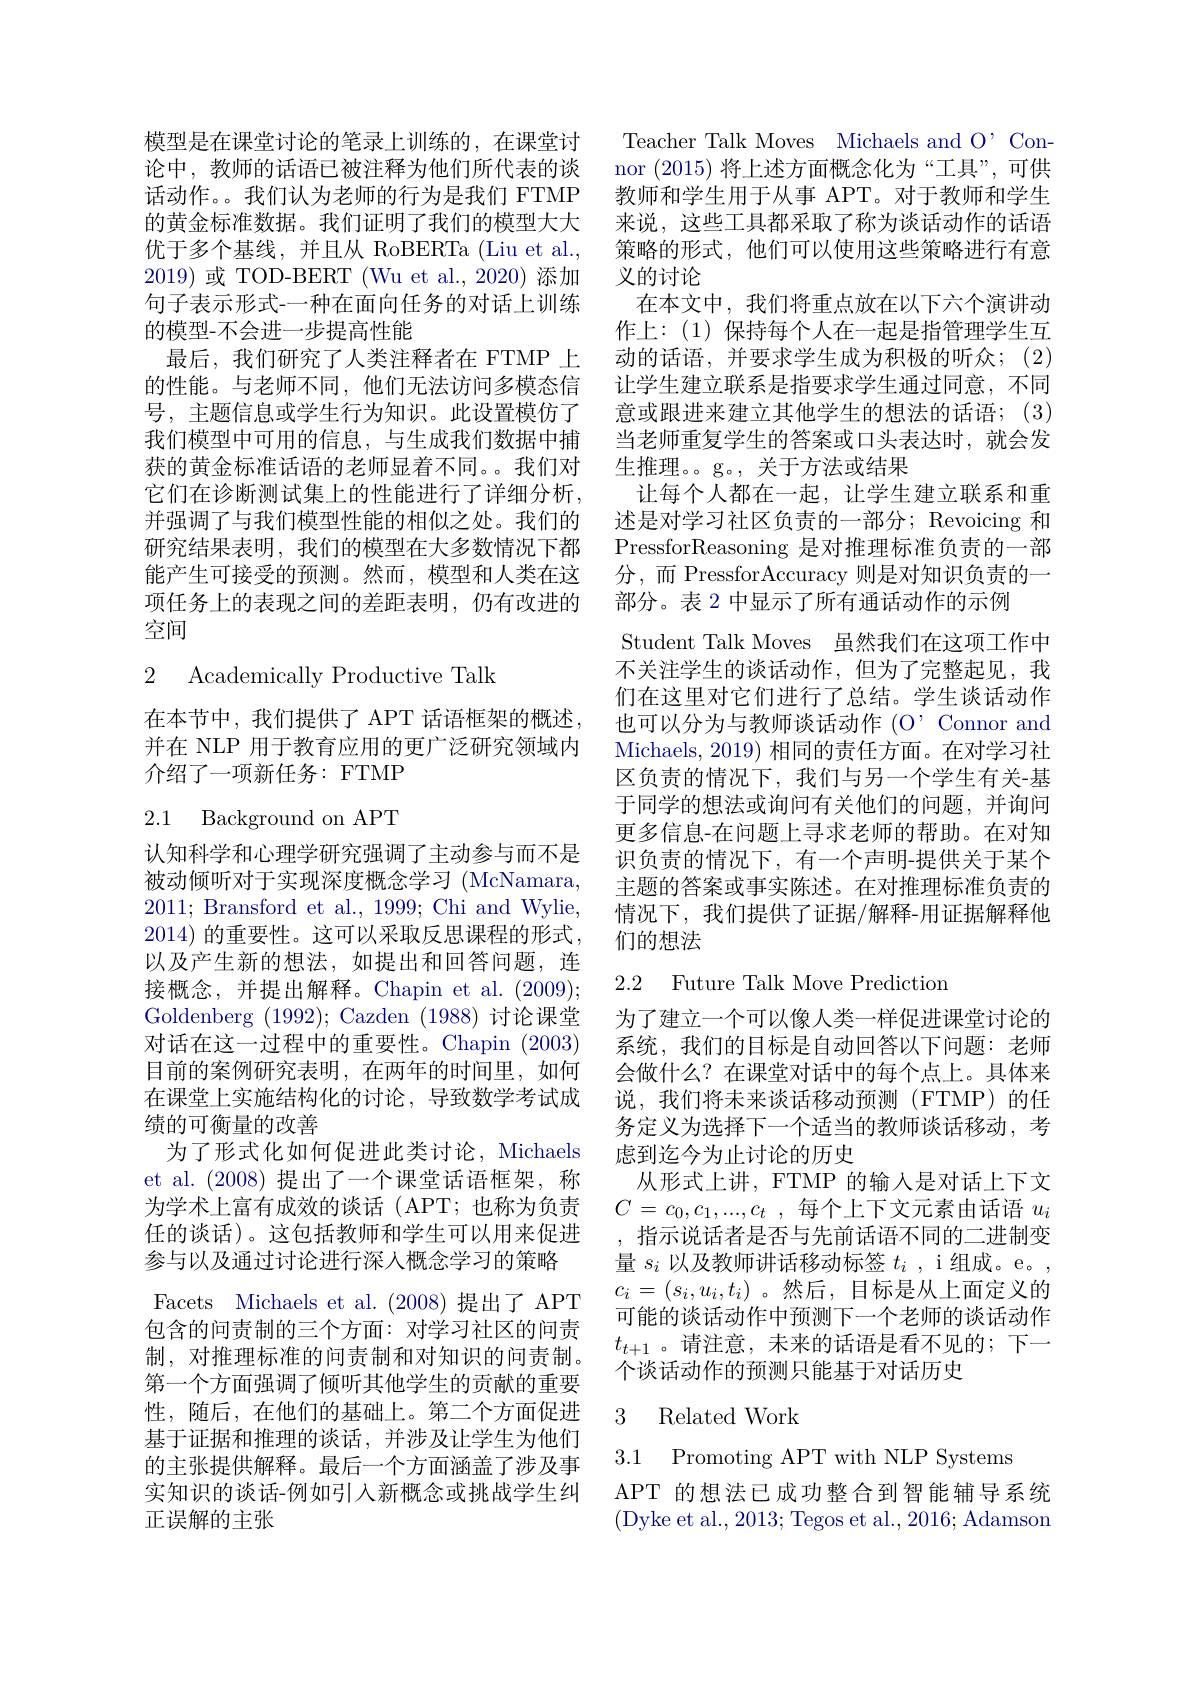
模型是在课堂讨论的笔录上训练的，在课堂讨论中，教师的话语已被注释为他们所代表的谈话动作。。我们认为老师的行为是我们 FTMP 的黄金标准数据。我们证明了我们的模型大大优于多个基线，并且从 RoBERTa (Liu et al., 2019)或 TOD-BERT (Wu et al., 2020) 添加句子表示形式-一种在面向任务的对话上训练的模型-不会进一步提高性能
最后，我们研究了人类注释者在 FTMP 上的性能。与老师不同，他们无法访问多模态信号，主题信息或学生行为知识。此设置模仿了我们模型中可用的信息，与生成我们数据中捕获的黄金标准话语的老师显着不同。。我们对它们在诊断测试集上的性能进行了详细分析， 并强调了与我们模型性能的相似之处。我们的研究结果表明，我们的模型在大多数情况下都能产生可接受的预测。然而，模型和人类在这项任务上的表现之间的差距表明，仍有改进的空间

## 2 Academically Productive Talk

在本节中，我们提供了 APT 话语框架的概述。并在 NLP 用于教育应用的更广泛研究领域内介绍了一项新任务：FTMP

# 2.1 Background on APT

认知科学和心理学研究强调了主动参与而不是被动倾听对于实现深度概念学习 (McNamara, 2011; Bransford et al., 1999; Chi and Wylie, 2014)的重要性。这可以采取反思课程的形式以及产生新的想法，如提出和回答问题，连接概念，并提出解释。Chapin et al. (2009); Goldenberg (1992); Cazden (1988)讨论课堂对话在这一过程中的重要性。Chapin (2003) 目前的案例研究表明，在两年的时间里，如何在课堂上实施结构化的讨论，导致数学考试成绩的可衡量的改善
为了形式化如何促进此类讨论，Michaels et al. (2008)提出了一个课堂话语框架，称为学术上富有成效的谈话(APT;也称为负责任的谈话)。这包括教师和学生可以用来促进参与以及通过讨论进行深人概念学习的策略
Facets Michaels et al.(2008)提出了 APT 包含的问责制的三个方面：对学习社区的问责制，对推理标准的问责制和对知识的问责制。第一个方面强调了倾听其他学生的贡献的重要性，随后，在他们的基础上。第二个方面促进基于证据和推理的谈话，并涉及让学生为他们的主张提供解释。最后一个方面涵盖了涉及事实知识的谈话-例如引人新概念或挑战学生纠正误解的主张

Teacher Talk Moves Michaels and O' Connor (2015)将上述方面概念化为“工具”,可供教师和学生用于从事 APT。对于教师和学生来说，这些工具都采取了称为谈话动作的话语策略的形式，他们可以使用这些策略进行有意义的讨论
在本文中，我们将重点放在以下六个演讲动作上：(1)保持每个人在一起是指管理学生互动的话语，并要求学生成为积极的听众；(2) 让学生建立联系是指要求学生通过同意，不同意或跟进来建立其他学生的想法的话语；(3) 当老师重复学生的答案或口头表达时，就会发生推理。g。, 关于方法或结果
让每个人都在一起，让学生建立联系和重述是对学习社区负责的一部分；Revoicing 和PressforReasoning 是对推理标准负责的一部分，而 PressforAccuracy 则是对知识负责的一部分。表 2 中显示了所有通话动作的示例
Student Talk Moves 虽然我们在这项工作中不关注学生的谈话动作，但为了完整起见，我们在这里对它们进行了总结。学生谈话动作也可以分为与教师谈话动作 (O’Connor and Michaels, 2019) 相同的责任方面。在对学习社区负责的情况下，我们与另一个学生有关-基于同学的想法或询问有关他们的问题，并询问更多信息-在问题上寻求老师的帮助。在对知识负责的情况下，有一个声明-提供关于某个主题的答案或事实陈述。在对推理标准负责的情况下，我们提供了证据/解释-用证据解释他们的想法

## 2.2 Future Talk Move Prediction

为了建立一个可以像人类一样促进课堂讨论的系统，我们的目标是自动回答以下问题：老师会做什么？在课堂对话中的每个点上。具体来说，我们将未来谈话移动预测(FTMP)的任务定义为选择下一个适当的教师谈话移动，考虑到迄今为止讨论的历史
从形式上讲，FTMP 的输入是对话上下文$C=c_0,c_1,...,c_t$ ,每个上下文元素由话语$u_i$ ,指示说话者是否与先前话语不同的二进制变量$s_i$以及教师讲话移动标签$t_i$ , i 组成。e。, $c_i=(s_i,u_i,t_i)$。然后，目标是从上面定义的可能的谈话动作中预测下一个老师的谈话动作$t_{t+1}$ 。请注意，未来的话语是看不见的；下一个谈话动作的预测只能基于对话历史

### 3 Related Work

3.1 Promoting APT with NLP Systems

APT 的想法已成功整合到智能辅导系统(Dyke et al., 2013; Tegos et al., 2016; Adamson